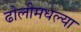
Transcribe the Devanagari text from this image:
ढोलीमधल्या